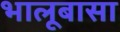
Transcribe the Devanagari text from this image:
भालूबासा